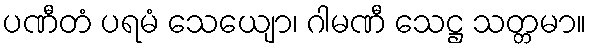
ပဏီတံ ပရမံ သေယျော၊ ဂါမဏီ သေဋ္ဌ သတ္တမာ။